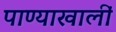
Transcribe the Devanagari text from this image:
पाण्याखालीं